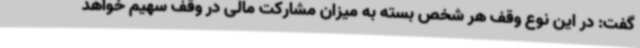
گفت: در این نوع وقف هر شخص بسته به میزان مشارکت مالی در وقف سهیم خواهد